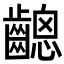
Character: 𪙋